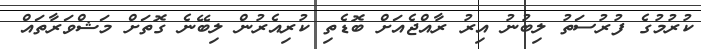
ކުރުމުގެ ފުރުސަތު ލިބުނު އިރު ރާއްޖެއަށް ބޮޑެތި ކުރިއެރުން ލިބޭނެ ގޮތަށް މަޝްވަރާތައް